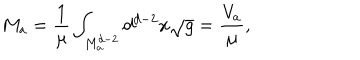
LaTeX: M _ { a } = \frac { 1 } { \mu } \int _ { M _ { a } ^ { d - 2 } } d ^ { d - 2 } x \sqrt { g } = \frac { V _ { a } } { \mu } ,